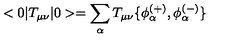
< 0 | T _ { \mu \nu } | 0 > = \sum _ { \alpha } T _ { \mu \nu } \{ \phi _ { \alpha } ^ { ( + ) } , \phi _ { \alpha } ^ { ( - ) } \}